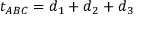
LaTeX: t _ { A B C } = d _ { 1 } + d _ { 2 } + d _ { 3 }